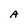
Character: A